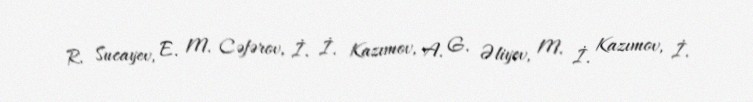
R. Sucayev, E. M. Cəfərov, İ. İ. Kazımov, A. G. Əliyev, M. İ. Kazımov, İ.